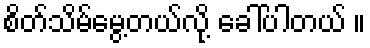
စိတ်သိမ်မွေ့တယ်လို့ ခေါ်ပါတယ် ။